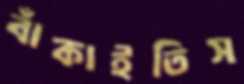
বাঁকাইতিস